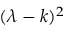
\ ( \lambda - k ) ^ { 2 }